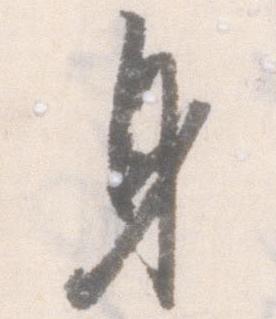
身